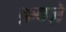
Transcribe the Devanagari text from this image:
क़बज़े